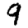
Digit: 9